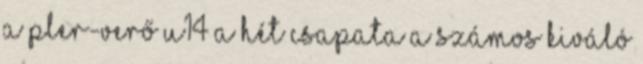
a PLER-verő U14 a hét csapata A számos kiváló